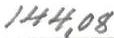
144,08